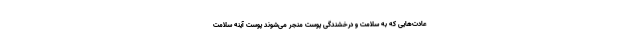
عادت‌هایی که به سلامت و درخشندگی پوست منجر می‌شوند پوست آینه سلامت